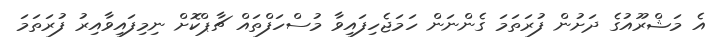
އެ މަޝްރޫއުގެ ދަށުން ފުރަތަމަ ގެންނަން ހަމަޖެހިފައިވާ މުސްހަފްތައް ޗާޕްކޮށް ނިމިފައިވާއިރު ފުރަތަމަ